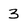
Character: 3